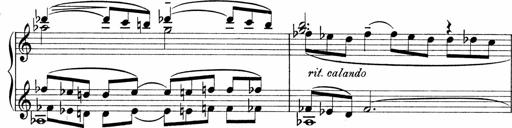
Title: Sonatina No.1
Composer: Otto Stoll
Key: C major